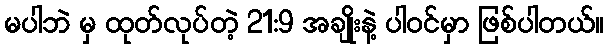
မပါဘဲ မှ ထုတ်လုပ်တဲ့ 21:9 အချိုးနဲ့ ပါဝင်မှာ ဖြစ်ပါတယ်။